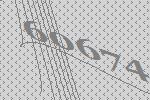
60674